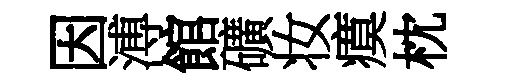
因溥館礦妆瘼枕